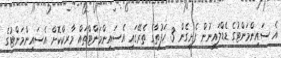
އެ ސައިންމަންޓުގެ ޑެޑްލައިނުން ފެށިގެން 3 ހަފުތާގެ ތެރޭގައި އެސައިންމަންޓްތައް މާރކްކޮށް އެސައިންމަންޓުގެ